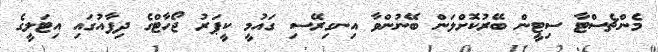
މެންޗެސްޓާ ސިޓީން ބޭރުކޮށްލަން ބޭނުންވާ އިނގިރޭސި ގައުމީ ކީޕަރު ޖޯހާޓްގެ ދިފާއުގައި އިޓަލީގެ